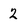
Character: 2